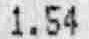
1.54